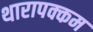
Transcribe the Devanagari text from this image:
थारापक्कम